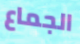
الجماع